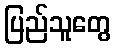
ပြည်သူတွေ